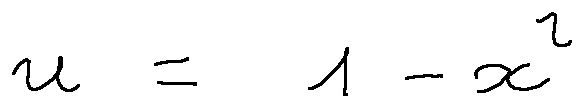
u = 1 - x ^ { 2 }